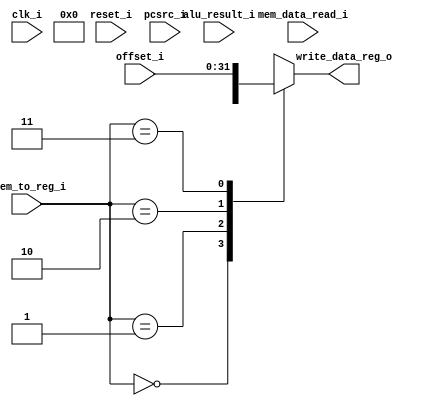
module writeback(
    input clk_i, //clock input
    input reset_i, //reset input

    input [31:0] pcsrc_i, //pcsrc
    input [31:0] mem_data_read_i, //data read from memory
    input [31:0] alu_result_i, //alu result
    input [31:0] offset_i, //sign extended offset
    input [1:0] dmem_to_reg_i, //memory to register mux signal

    output [31:0] write_data_reg_o //data write to register file
);

reg [31:0] write_data_reg_reg; //data to be written to register file

always @(*) begin
    case(dmem_to_reg_i)
        2'b00: write_data_reg_reg <= mem_data_read_i;
        2'b01: write_data_reg_reg <= alu_result_i;
        2'b10: write_data_reg_reg <= pscsrc_i;
        2'b11: write_data_reg_reg <= offset_i;
    endcase
end

assign write_data_reg_o = write_data_reg_reg;

endmodule